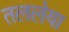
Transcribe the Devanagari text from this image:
तललेया